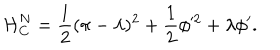
LaTeX: { \cal { H } } _ { C } ^ { N } = \frac { 1 } { 2 } ( \pi - \lambda ) ^ { 2 } + \frac { 1 } { 2 } \phi ^ { 2 } + \lambda \phi ^ { \prime } .